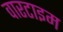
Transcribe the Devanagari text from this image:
वारटाइम